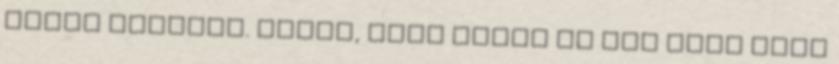
füvön látszik. Lehet, hogy Folti ma sem akar majd